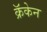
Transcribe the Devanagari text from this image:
क्रॅकेन